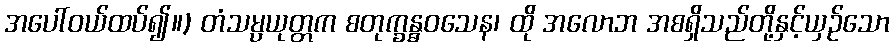
အပေါ်ဝယ်ထပ်၍။) တံသမ္ပယုတ္တက စတုက္ခန္ဓဝသေန၊ ထို အလောဘ အစရှိသည်တို့နှင့်ယှဉ်သော